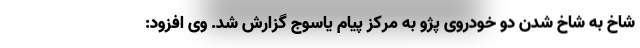
شاخ به شاخ شدن دو خودروی پژو به مرکز پیام یاسوج گزارش شد. وی افزود: